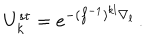
U _ { k } ^ { s t } = e ^ { - ( f ^ { - 1 } ) ^ { k l } \nabla _ { l } } \, .